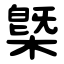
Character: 槩